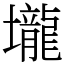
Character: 壠